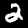
Digit: 2